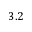
3 . 2